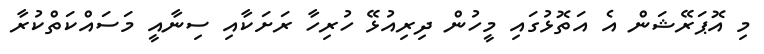
މި އޮޕަރޭޝަން އެ އަތޮޅުގައި މީހުން ދިރިއުޅޭ ހުރިހާ ރަށަކާއި ސިނާއީ މަސައްކަތްކުރާ